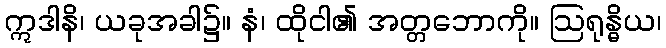
ဣဒါနိ၊ ယခုအခါ၌။ နံ၊ ထိုငါ၏ အတ္တဘောကို။ ဩရုန္ဓိယ၊